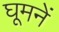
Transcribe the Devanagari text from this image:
घूमनें